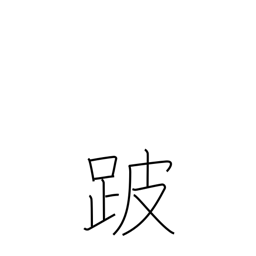
Meaning: lameness